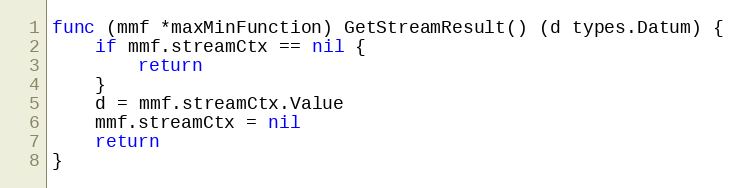
Language: Go
func (mmf *maxMinFunction) GetStreamResult() (d types.Datum) {
	if mmf.streamCtx == nil {
		return
	}
	d = mmf.streamCtx.Value
	mmf.streamCtx = nil
	return
}